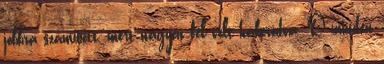
jobbra számított, mert nagyon fel volt háborodva. Ő minden